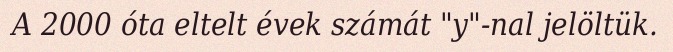
A 2000 óta eltelt évek számát "y"-nal jelöltük.